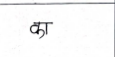
मजकूर: का